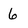
Character: 6